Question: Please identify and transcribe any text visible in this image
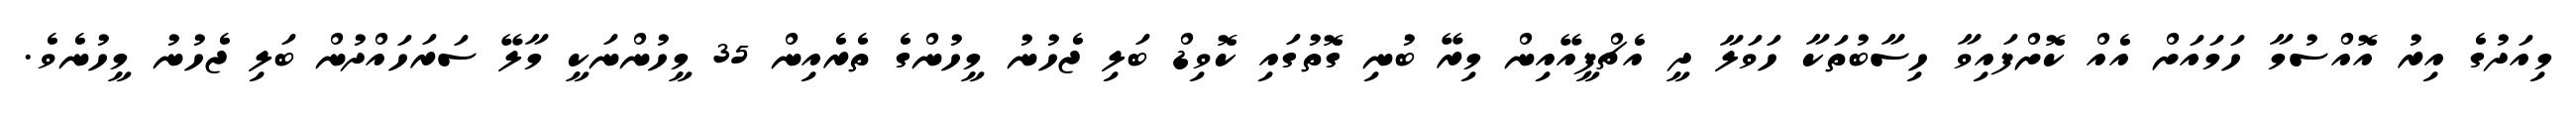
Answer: މިއަދުގެ އިރު އޮއްސުމާ ހަމައަށް އެއް ކޮށްފައިވާ ހިސާބުތަކާ ހަވަލާ ދީ އެޗްޕީއޭއިން މިރޭ ބުނި ގޮތުގައި ކޮވިޑް ބަލި ޖެހުނު މީހުންގެ ތެރެއިން 35 މީހުންނަކީ މާލޭ ސަރަހައްދުން ބަލި ޖެހުނު މީހުނެވެ.